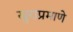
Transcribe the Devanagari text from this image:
खुराप्रमाणे